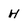
Character: H